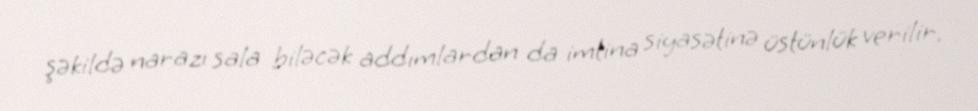
şəkildə narazı sala biləcək addımlardan da imtina siyasətinə üstünlük verilir.